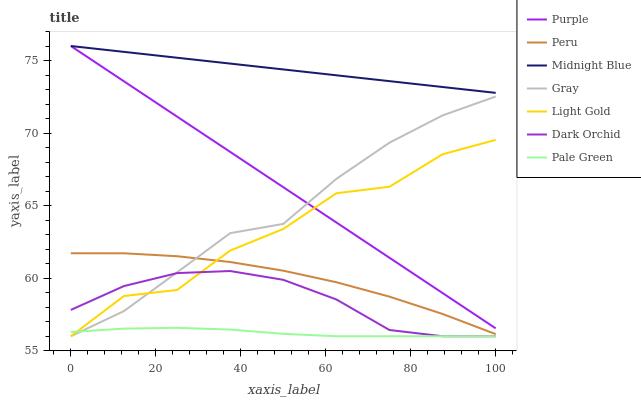
| xaxis_label | Purple | Peru | Midnight Blue | Gray | Light Gold | Dark Orchid | Pale Green |
 | --- | --- | --- | --- | --- | --- | --- | --- |
 | 0 | 76 | 61.7 | 76 | 56 | 56 | 57.8 | 56.3 |
 | 12.5 | 73.6 | 61.7 | 75.6 | 57.7 | 58.8 | 59.5 | 56.5 |
 | 25 | 71.1 | 61.5 | 75.2 | 60.4 | 59.2 | 60.4 | 56.6 |
 | 37.5 | 68.7 | 61.1 | 74.8 | 63.1 | 61.9 | 60.5 | 56.5 |
 | 50 | 66.3 | 60.5 | 74.4 | 63.7 | 63.4 | 59.9 | 56.2 |
 | 62.5 | 63.8 | 59.7 | 74 | 66.8 | 65.9 | 58.5 | 56 |
 | 75 | 61.4 | 58.7 | 73.6 | 69.3 | 66.3 | 56.4 | 56 |
 | 87.5 | 59 | 57.5 | 73.2 | 71.2 | 68.5 | 56 | 56 |
 | 100 | 56.5 | 56.1 | 72.8 | 72.5 | 69.5 | 56 | 56 |